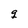
Character: g